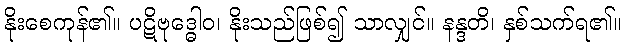
နိုးစေကုန်၏။ ပဋိဗုဒ္ဓေါဝ၊ နိုးသည်ဖြစ်၍ သာလျှင်။ နန္ဒတိ၊ နှစ်သက်ရ၏။